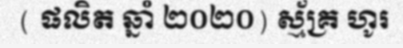
( ផលិត ឆ្នាំ ២០២០) ស្ម័គ្រ ហូរ